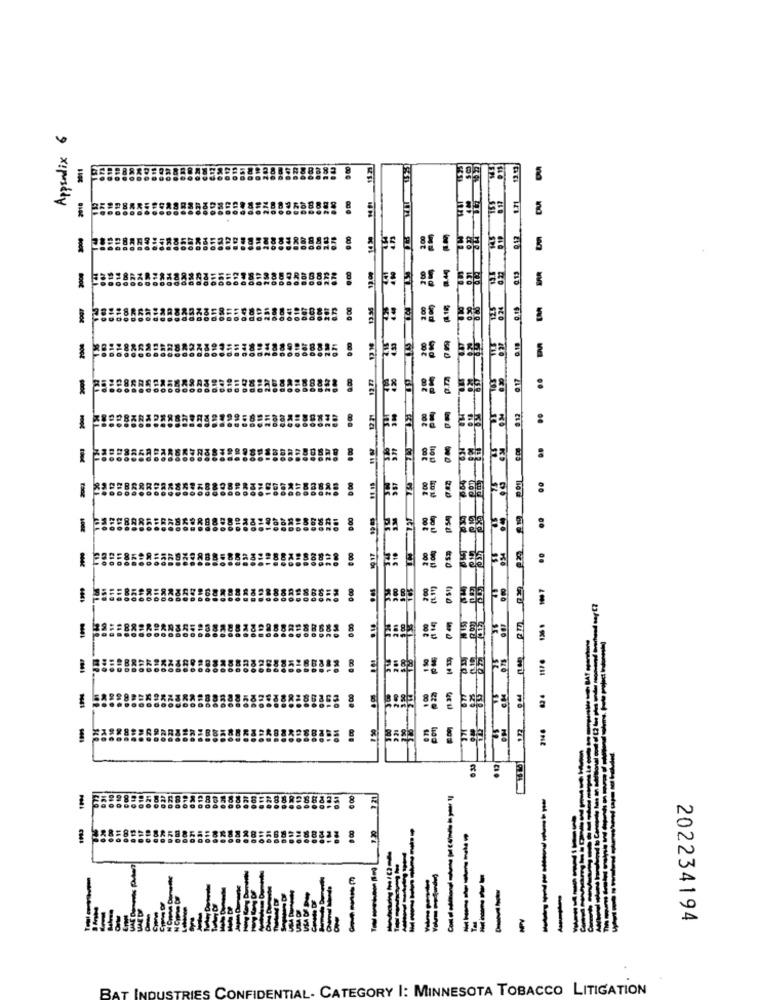
Appendix 6
5
-
0.13
ERR
-
..
-
-
-
8
-
84
-
00 0
---
-
-----
--
-------
--
202234194
---
----
------
----
--
-
BAT INDUSTRIES CONFIDENTIAL. CATEGORY I: MINNESOTA TOBACCO LITIGATION